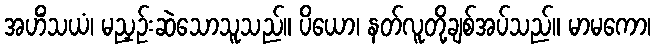
အဟိံသယံ၊ မညှဉ်းဆဲသောသူသည်။ ပိယော၊ နတ်လူတို့ချစ်အပ်သည်။ မာမကော၊